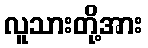
လူသားတို့အား